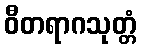
ဝီတရာဂသုတ္တံ